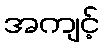
အကျင့်